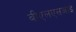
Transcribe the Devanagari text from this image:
बीएलएसआई